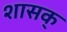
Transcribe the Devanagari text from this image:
शासक्